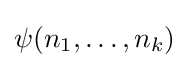
\psi (n_{1},\ldots ,n_{k})